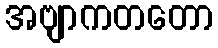
အဗျာကတတော